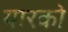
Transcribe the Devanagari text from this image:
यारको